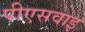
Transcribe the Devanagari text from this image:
पीएसवाइ